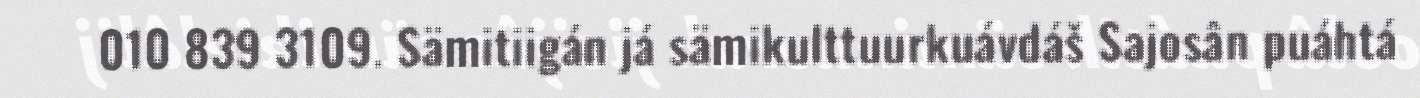
010 839 3109. Sämitiigán já sämikulttuurkuávdáš Sajosân puáhtá